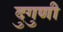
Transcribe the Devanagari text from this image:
दुगुणी